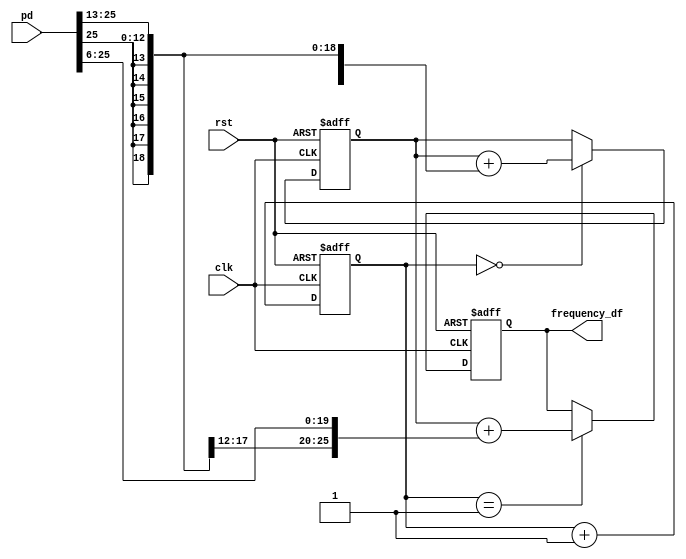
//LoopFilter.v
module LoopFilter (
	rst,clk,pd,
	frequency_df); 
	
	input		rst;   //
	input		clk;   //FPGA8MHz
	input	 signed [25:0]	pd;            //8MHz
	output signed [25:0]	frequency_df;  //
	
   reg [2:0] count;
	reg signed [25:0] sum,loopout;
	///*
	always @(posedge clk or posedge rst)
		if (rst)
		   begin
				count <= 3'd0;
				sum <= 26'd0;
				loopout <= 26'd0;
			end
		else
			begin
				//8CLK
				count <= count + 3'd1;
			   //
				if (count==3'd0)
				   //c2=2^(-13)
			      sum<=sum+{{13{pd[25]}},pd[25:13]};
 			   if (count==3'd1)
				   //c1=2^(-6)
				   loopout<=sum+{{6{pd[25]}},pd[25:6]};
			  end
    //*/
	 
    /*C1/C2
	integer t;
	always @(posedge clk or posedge rst)
		if (rst)
		   begin
				count <= 3'd0;
				sum <= 26'd0;
				loopout <= 26'd0;
				t <= 0;
			end
		else
			begin
			   t <= t+1;
			   if (t<30000)
				   begin
						//8CLK
						count <= count + 3'd1;
						//
						if (count==3'd0)
							//c2=2^(-12)
							sum<=sum+{{12{pd[25]}},pd[25:12]};
						if (count==3'd1)
							//c1=2^(-5)
							loopout<=sum+{{5{pd[25]}},pd[25:5]};
				   end
			   else
				   begin
						//8CLK
						count <= count + 3'd1;
						//
						if (count==3'd0)
							//c2=2^(-17)
							sum<=sum+{{17{pd[25]}},pd[25:17]};
						if (count==3'd1)
							//c1=2^(-10)
							loopout<=sum+{{10{pd[25]}},pd[25:10]};
				  end
			  end 
		 */

     assign frequency_df = loopout;

endmodule